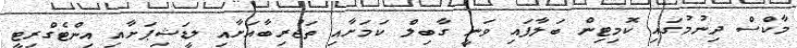
މާކްސް ދިނުމުގައި ކޮމިޓިން ބަލާފައި ވަނީ ގާބިލް ކަމަށާއި ތަޖުރިބާއަށާއި ލީޑަޝިޕަށާއި އިންޓެގްރިޓީ